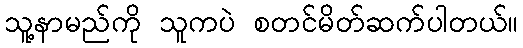
သူ့နာမည်ကို သူကပဲ စတင်မိတ်ဆက်ပါတယ်။